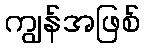
ကျွန်အဖြစ်